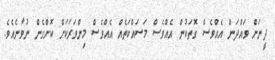
ދީނަށް ވައްދަން އެއްވެސް ގޮތަކުން އެއްވެސް މަސައްކަތެއް އެއްވެސް މިންވަރަކަށް ކޮށްގެން ނުވާނެއެވެ.